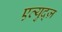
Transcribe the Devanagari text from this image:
एत्युद्ज़